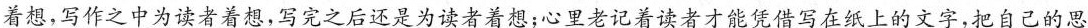
着想”；作为一个作者，在”写作之前为读者着想，写作之中为读者着想，写完之后还是为读者着想；心里老记着读者才能凭借写在纸上的文字，把自己的思